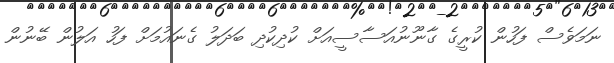
ނަމަވެސް ފަހުން ކުރީގެ ގާނޫނުއަސާސީއަށް ކުދިކުދި ބަދަލު ގެނައުމަށް ފަހު އަލުން ބޭނުން